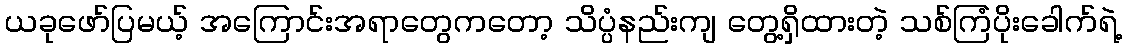
ယခုဖော်ပြမယ့် အကြောင်းအရာတွေကတော့ သိပ္ပံနည်းကျ တွေ့ရှိထားတဲ့ သစ်ကြံပိုးခေါက်ရဲ့